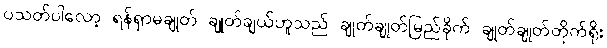
ပသတ်ပါလော့ ရန်ရှာမချုတ် ချုတ်ချယ်ဟူသည် ချုတ်ချုတ်မြည်ခိုက် ချုတ်ချုတ်တိုက်ရိုး